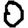
Digit: 0